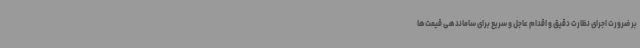
بر ضرورت اجرای نظارت دقیق و اقدام عاجل و سریع برای ساماندهی قیمت‌ها